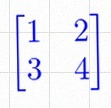
\begin{bmatrix}1&2\\3&4\end{bmatrix}